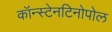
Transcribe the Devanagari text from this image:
कॉन्स्टेनटिनोपोल